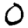
Digit: 0